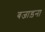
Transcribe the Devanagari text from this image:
बजाड़ना